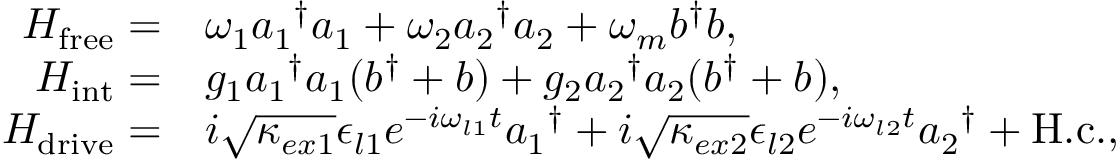
\begin{array} { r l } { H _ { \mathrm { f r e e } } = } & { \omega _ { 1 } { a _ { 1 } } ^ { \dagger } a _ { 1 } + \omega _ { 2 } { a _ { 2 } } ^ { \dagger } a _ { 2 } + \omega _ { m } b ^ { \dagger } b , } \\ { H _ { \mathrm { i n t } } = } & { g _ { 1 } { a _ { 1 } } ^ { \dagger } a _ { 1 } ( b ^ { \dagger } + b ) + g _ { 2 } { a _ { 2 } } ^ { \dagger } a _ { 2 } ( b ^ { \dagger } + b ) , } \\ { H _ { \mathrm { d r i v e } } = } & { i \sqrt { \kappa _ { e x 1 } } \epsilon _ { l 1 } e ^ { - i \omega _ { l 1 } t } { a _ { 1 } } ^ { \dagger } + i \sqrt { \kappa _ { e x 2 } } \epsilon _ { l 2 } e ^ { - i \omega _ { l 2 } t } { a _ { 2 } } ^ { \dagger } + \mathrm { H . c . } , } \end{array}